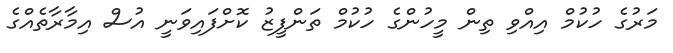
މަރުގެ ހުކުމް އިއްވި ތިން މީހުންގެ ހުކުމް ތަންފީޒު ކޮށްފައިވަނީ އުސް އިމާރާތެއްގެ